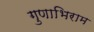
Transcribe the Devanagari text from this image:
गुणाभिराम